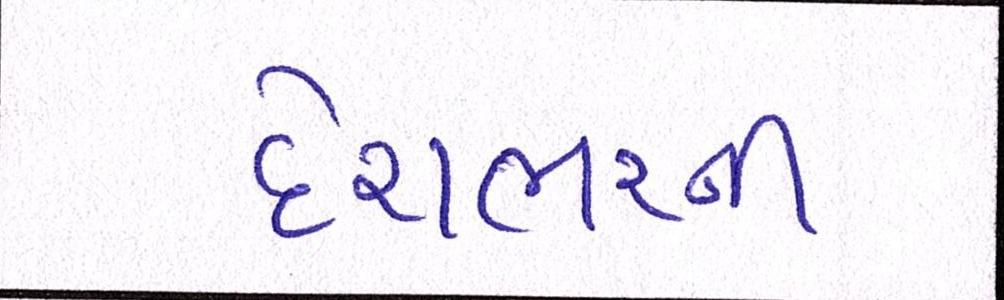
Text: દેશભરની